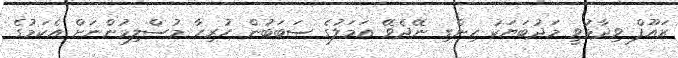
ރައޫފް ވިދާޅުވީ މަދުބަޔަކު ހިންގި ނޭދެވޭ އަމަލުގެ ސަބަބުން ހުރިހާ މުސްލިމުންނަށް އެކަމުގެ